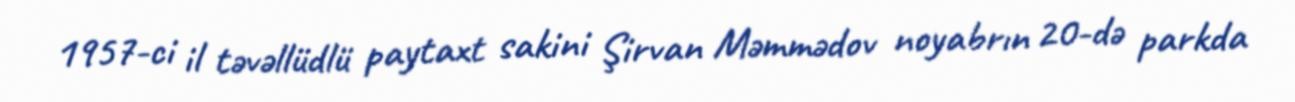
1957-ci il təvəllüdlü paytaxt sakini Şirvan Məmmədov noyabrın 20-də parkda